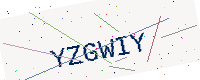
Text: YZGWIY